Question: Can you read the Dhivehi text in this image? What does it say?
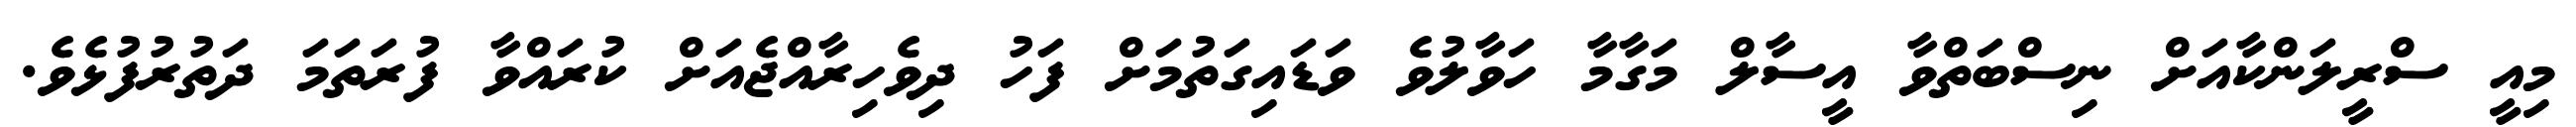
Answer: މިއީ ސްރީލަންކާއަށް ނިސްބަތްވާ އީސާލް މަގާމާ ހަވާލުވެ ވަޑައިގަތުމަށް ފަހު ދިވެހިރާއްޖެއަށް ކުރައްވާ ފުރަތަމަ ދަތުރުފުޅެވެ.